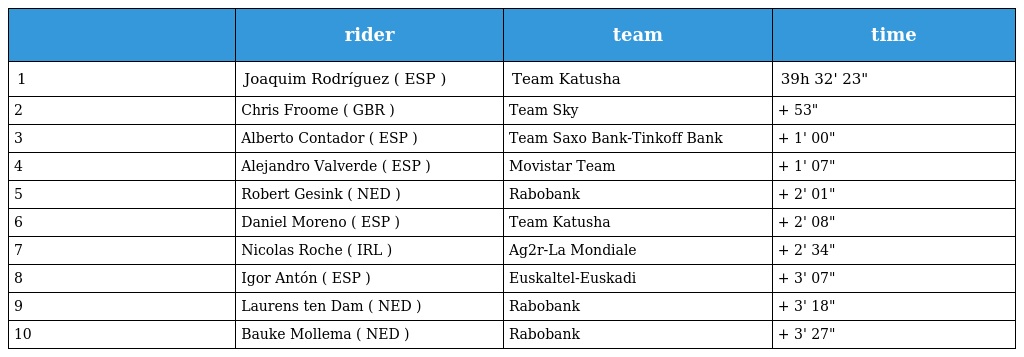
|  | rider | team | time |
 | --- | --- | --- | --- |
 | 1 | Joaquim Rodríguez ( ESP ) | Team Katusha | 39h 32' 23" |
 | 2 | Chris Froome ( GBR ) | Team Sky | + 53" |
 | 3 | Alberto Contador ( ESP ) | Team Saxo Bank-Tinkoff Bank | + 1' 00" |
 | 4 | Alejandro Valverde ( ESP ) | Movistar Team | + 1' 07" |
 | 5 | Robert Gesink ( NED ) | Rabobank | + 2' 01" |
 | 6 | Daniel Moreno ( ESP ) | Team Katusha | + 2' 08" |
 | 7 | Nicolas Roche ( IRL ) | Ag2r-La Mondiale | + 2' 34" |
 | 8 | Igor Antón ( ESP ) | Euskaltel-Euskadi | + 3' 07" |
 | 9 | Laurens ten Dam ( NED ) | Rabobank | + 3' 18" |
 | 10 | Bauke Mollema ( NED ) | Rabobank | + 3' 27" |